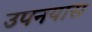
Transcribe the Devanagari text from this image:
उपनयास